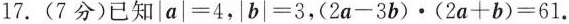
17.(7分)已知|a|=4，b|=3，(2a-3b)∙(2a+b)=61.